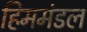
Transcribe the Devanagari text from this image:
हिममंडल